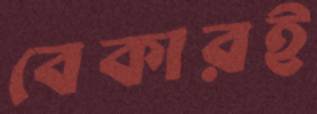
বেকারই